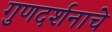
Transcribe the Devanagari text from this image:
गुणदर्शनाचे